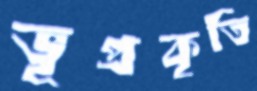
ভূপ্রকৃতি